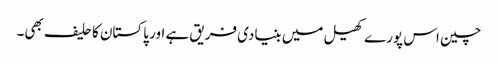
چین اس پورے کھیل میں بنیادی فریق ہے اور پاکستان کا حلیف بھی۔